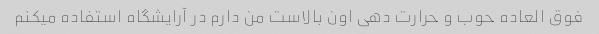
فوق العاده حوب و حرارت دهی اون بالاست من دارم در آرایشگاه استفاده میکنم